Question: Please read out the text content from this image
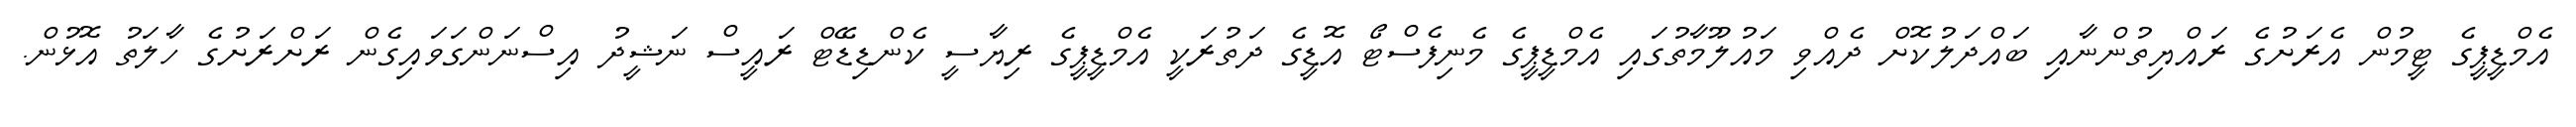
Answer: އެމްޑީޕީގެ ޓީމުން އެރަށުގެ ރައްޔިތުންނާއި ބައްދަލުކޮށް ދެއްވި މައުލޫމާތުގައި އެމްޑީޕީގެ މެނިފެސްޓޯ އޮޑީގެ ދަތުރަކީ އެމްޑީޕީގެ ރިޔާސީ ކެންޑިޑޭޓް ރައީސް ނަޝީދު އިސްނަންގަވައިގެން ރަށްރަށުގެ ހާލަތު އޮޅުން.